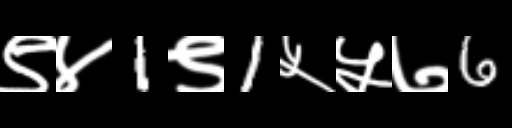
Text: ९४1९1५५७6